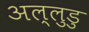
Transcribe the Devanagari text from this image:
अल्लुडु